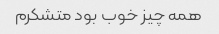
همه چیز خوب بود متشکرم